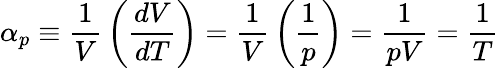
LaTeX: \alpha_{p}\equiv{\frac{1}{V}}\left({\frac{dV}{dT}}\right)={\frac{1}{V}}\left({\frac{1}{p}}\right)={\frac{1}{pV}}={\frac{1}{T}}